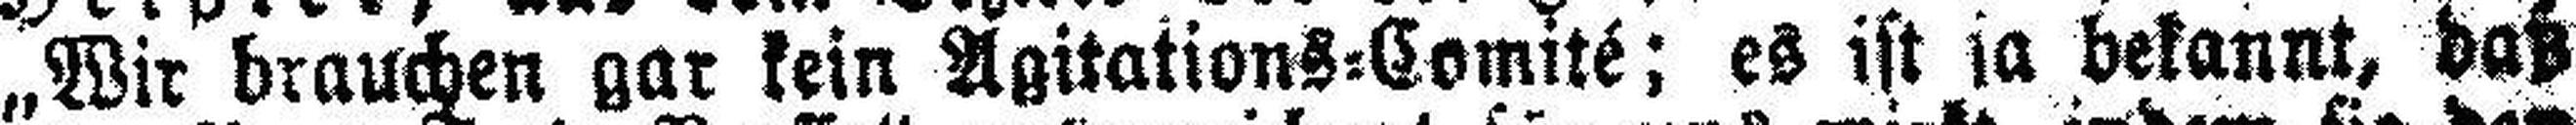
„Wir brauchen gar kein Agitations=Comité; es ist ja bekannt, daß